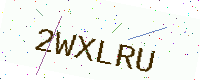
Text: 2WXLRU